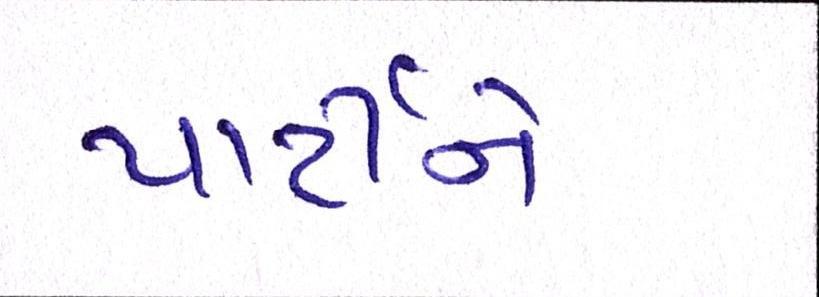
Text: પાર્ટીને